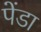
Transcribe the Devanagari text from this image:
पेंडा